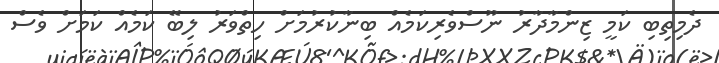
ދެމިތިބި ކަމީ ޒިންމާދާރު ނޫސްވެރިކަމެއް ބިނާކުރުމަށް ހިތްވަރު ލިބޭ ކަމެއް ކަމަށް ވެސް